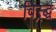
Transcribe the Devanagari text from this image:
विस्र्द्ध